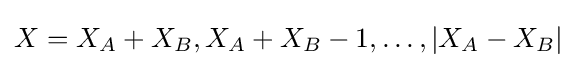
X=X_{A}+X_{B},X_{A}+X_{B}-1,\dots ,|X_{A}-X_{B}|